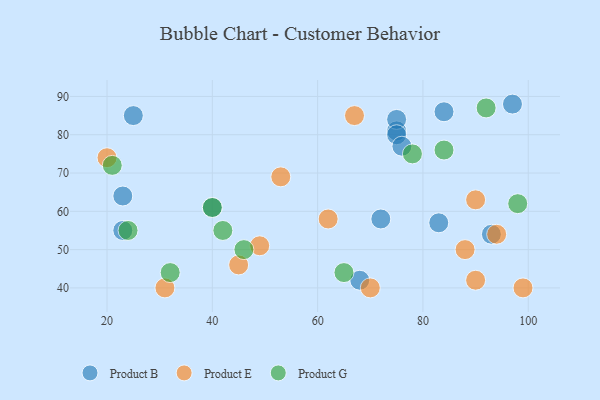
{"axis": {"x": "GDP", "y": "Life Expectancy"}, "legend": ["Product B", "Product E", "Product G"], "data": [{"x": "97", "y": 88, "type": "Product B"}, {"x": "40", "y": 61, "type": "Product B"}, {"x": "68", "y": 42, "type": "Product B"}, {"x": "83", "y": 57, "type": "Product B"}, {"x": "25", "y": 85, "type": "Product B"}, {"x": "84", "y": 86, "type": "Product B"}, {"x": "23", "y": 64, "type": "Product B"}, {"x": "75", "y": 81, "type": "Product B"}, {"x": "93", "y": 54, "type": "Product B"}, {"x": "75", "y": 84, "type": "Product B"}, {"x": "72", "y": 58, "type": "Product B"}, {"x": "75", "y": 80, "type": "Product B"}, {"x": "76", "y": 77, "type": "Product B"}, {"x": "23", "y": 55, "type": "Product B"}, {"x": "62", "y": 58, "type": "Product E"}, {"x": "88", "y": 50, "type": "Product E"}, {"x": "99", "y": 40, "type": "Product E"}, {"x": "94", "y": 54, "type": "Product E"}, {"x": "45", "y": 46, "type": "Product E"}, {"x": "49", "y": 51, "type": "Product E"}, {"x": "20", "y": 74, "type": "Product E"}, {"x": "53", "y": 69, "type": "Product E"}, {"x": "67", "y": 85, "type": "Product E"}, {"x": "31", "y": 40, "type": "Product E"}, {"x": "90", "y": 63, "type": "Product E"}, {"x": "70", "y": 40, "type": "Product E"}, {"x": "90", "y": 42, "type": "Product E"}, {"x": "40", "y": 61, "type": "Product G"}, {"x": "24", "y": 55, "type": "Product G"}, {"x": "32", "y": 44, "type": "Product G"}, {"x": "98", "y": 62, "type": "Product G"}, {"x": "65", "y": 44, "type": "Product G"}, {"x": "42", "y": 55, "type": "Product G"}, {"x": "21", "y": 72, "type": "Product G"}, {"x": "78", "y": 75, "type": "Product G"}, {"x": "84", "y": 76, "type": "Product G"}, {"x": "46", "y": 50, "type": "Product G"}, {"x": "92", "y": 87, "type": "Product G"}]}